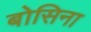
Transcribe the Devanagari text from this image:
बोसिना